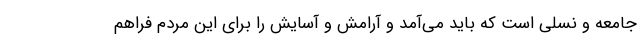
جامعه و نسلی است که باید می‌آمد و آرامش و آسایش را برای این مردم فراهم